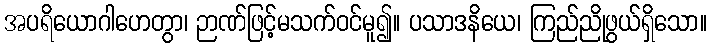
အပရိယောဂါဟေတွာ၊ ဉာဏ်ဖြင့်မသက်ဝင်မူ၍။ ပသာဒနိယေ၊ ကြည်ညိုဖွယ်ရှိသော။